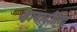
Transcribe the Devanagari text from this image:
व्हायादोलिद